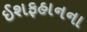
ઈશફહાનના